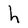
Character: h